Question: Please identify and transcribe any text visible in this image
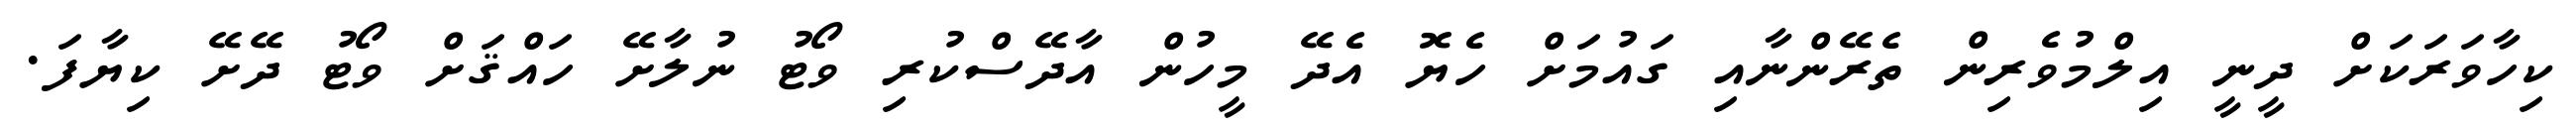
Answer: ކިހާވަރަކަށް ދީނީ އިލްމުވެރިން ތެރޭންނާއި ގައުމަށް ހެޔޮ އެދޭ މީހުން އާދޭސްކުރި ވޯޓު ނުލާށޭ ހައްޤަށް ވޯޓު ދޭށޭ ކިޔާފަ.